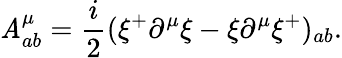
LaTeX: \mathit{A}_{ab}^{\mu}=\frac{{i}}{{2}}(\xi^{+}\partial^{\mu}\xi-\xi\partial^{\mu}\xi^{+})_{ab}.